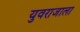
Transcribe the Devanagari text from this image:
युवराजाला